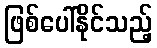
ဖြစ်ပေါ်နိုင်သည့်